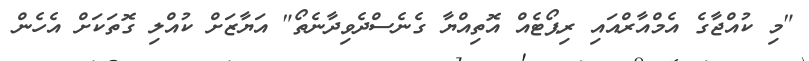
"މި ކުއްޖާގެ އެމްއާރްއައި ރިޕޯޓެއް އޮތިއްޔާ ގެނެސްދެވިދާނެތޯ" އަޔާޒަށް ކުއްލި ގޮތަކަށް އެހެން